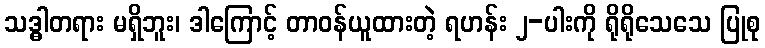
သဒ္ဓါတရား မရှိဘူး၊ ဒါကြောင့် တာဝန်ယူထားတဲ့ ရဟန်း ၂-ပါးကို ရိုရိုသေသေ ပြုစု